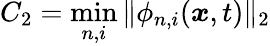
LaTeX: C_{2}=\operatorname*{min}_{n,i}\| \phi_{n,i}(\boldsymbol{x},t)\| _{2}